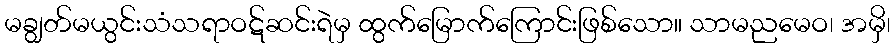
မချွတ်မယွင်းသံသရာဝဋ်ဆင်းရဲမှ ထွက်မြောက်ကြောင်းဖြစ်သော။ သာမညမေဝ၊ အမှိ၊